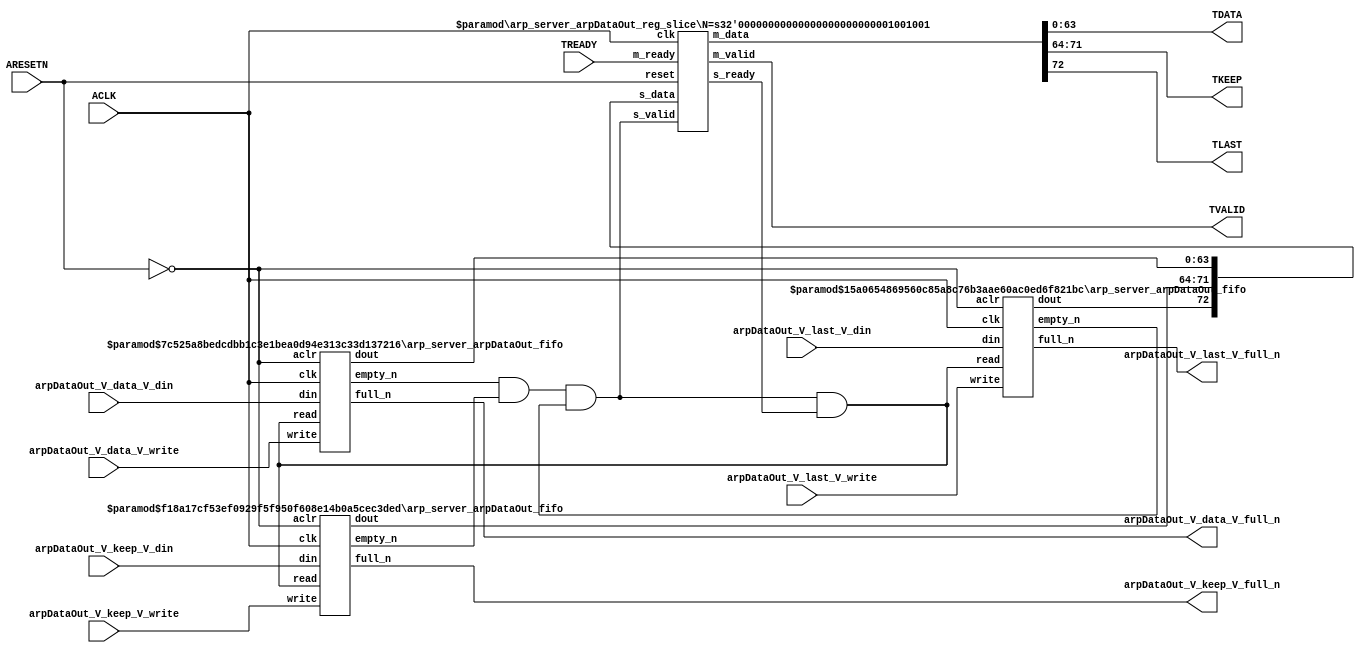
// ==============================================================
// File generated by Vivado(TM) HLS - High-Level Synthesis from C, C++ and SystemC
// Version: 2015.1
// Copyright (C) 2015 Xilinx Inc. All rights reserved.
// 
// ==============================================================


`timescale 1ns/1ps

module arp_server_arpDataOut_if (
    // AXI4-Stream singals
    input  wire        ACLK,
    input  wire        ARESETN,
    output wire        TVALID,
    input  wire        TREADY,
    output wire [63:0] TDATA,
    output wire [7:0]  TKEEP,
    output wire [0:0]  TLAST,
    // User signals
    input  wire [63:0] arpDataOut_V_data_V_din,
    output wire        arpDataOut_V_data_V_full_n,
    input  wire        arpDataOut_V_data_V_write,
    input  wire [7:0]  arpDataOut_V_keep_V_din,
    output wire        arpDataOut_V_keep_V_full_n,
    input  wire        arpDataOut_V_keep_V_write,
    input  wire [0:0]  arpDataOut_V_last_V_din,
    output wire        arpDataOut_V_last_V_full_n,
    input  wire        arpDataOut_V_last_V_write
);
//------------------------Local signal-------------------
// FIFO
wire [0:0]  fifo_read;
wire [0:0]  fifo_empty_n;
wire [63:0] arpDataOut_V_data_V_dout;
wire [0:0]  arpDataOut_V_data_V_empty_n;
wire [7:0]  arpDataOut_V_keep_V_dout;
wire [0:0]  arpDataOut_V_keep_V_empty_n;
wire [0:0]  arpDataOut_V_last_V_dout;
wire [0:0]  arpDataOut_V_last_V_empty_n;
// register slice
wire [0:0]  s_valid;
wire [0:0]  s_ready;
wire [72:0] s_data;
wire [0:0]  m_valid;
wire [0:0]  m_ready;
wire [72:0] m_data;

//------------------------Instantiation------------------
// rs
arp_server_arpDataOut_reg_slice #(
    .N       ( 73 )
) rs (
    .clk     ( ACLK ),
    .reset   ( ARESETN ),
    .s_data  ( s_data ),
    .s_valid ( s_valid ),
    .s_ready ( s_ready ),
    .m_data  ( m_data ),
    .m_valid ( m_valid ),
    .m_ready ( m_ready )
);

// arpDataOut_V_data_V_fifo
arp_server_arpDataOut_fifo #(
    .DATA_BITS  ( 64 ),
    .DEPTH_BITS ( 4 )
) arpDataOut_V_data_V_fifo (
    .clk        ( ACLK ),
    .aclr       ( ~ARESETN ),
    .empty_n    ( arpDataOut_V_data_V_empty_n ),
    .full_n     ( arpDataOut_V_data_V_full_n ),
    .read       ( fifo_read ),
    .write      ( arpDataOut_V_data_V_write ),
    .dout       ( arpDataOut_V_data_V_dout ),
    .din        ( arpDataOut_V_data_V_din )
);

// arpDataOut_V_keep_V_fifo
arp_server_arpDataOut_fifo #(
    .DATA_BITS  ( 8 ),
    .DEPTH_BITS ( 4 )
) arpDataOut_V_keep_V_fifo (
    .clk        ( ACLK ),
    .aclr       ( ~ARESETN ),
    .empty_n    ( arpDataOut_V_keep_V_empty_n ),
    .full_n     ( arpDataOut_V_keep_V_full_n ),
    .read       ( fifo_read ),
    .write      ( arpDataOut_V_keep_V_write ),
    .dout       ( arpDataOut_V_keep_V_dout ),
    .din        ( arpDataOut_V_keep_V_din )
);

// arpDataOut_V_last_V_fifo
arp_server_arpDataOut_fifo #(
    .DATA_BITS  ( 1 ),
    .DEPTH_BITS ( 4 )
) arpDataOut_V_last_V_fifo (
    .clk        ( ACLK ),
    .aclr       ( ~ARESETN ),
    .empty_n    ( arpDataOut_V_last_V_empty_n ),
    .full_n     ( arpDataOut_V_last_V_full_n ),
    .read       ( fifo_read ),
    .write      ( arpDataOut_V_last_V_write ),
    .dout       ( arpDataOut_V_last_V_dout ),
    .din        ( arpDataOut_V_last_V_din )
);

//------------------------Body---------------------------
//++++++++++++++++++++++++AXI4-Stream++++++++++++++++++++
assign TVALID = m_valid;
assign TDATA  = m_data[63:0];
assign TKEEP  = m_data[71:64];
assign TLAST  = m_data[72:72];

//+++++++++++++++++++++++++++++++++++++++++++++++++++++++

//++++++++++++++++++++++++Reigister Slice++++++++++++++++
assign s_valid = fifo_empty_n;
assign m_ready = TREADY;
assign s_data  = {arpDataOut_V_last_V_dout, arpDataOut_V_keep_V_dout, arpDataOut_V_data_V_dout};

//+++++++++++++++++++++++++++++++++++++++++++++++++++++++

//++++++++++++++++++++++++FIFO+++++++++++++++++++++++++++
assign fifo_read    = fifo_empty_n & s_ready;
assign fifo_empty_n = arpDataOut_V_data_V_empty_n & arpDataOut_V_keep_V_empty_n & arpDataOut_V_last_V_empty_n;

//+++++++++++++++++++++++++++++++++++++++++++++++++++++++

endmodule



`timescale 1ns/1ps

module arp_server_arpDataOut_fifo
#(parameter
    DATA_BITS  = 8,
    DEPTH_BITS = 4
)(
    input  wire                 clk,
    input  wire                 aclr,
    output wire                 empty_n,
    output wire                 full_n,
    input  wire                 read,
    input  wire                 write,
    output wire [DATA_BITS-1:0] dout,
    input  wire [DATA_BITS-1:0] din
);
//------------------------Parameter----------------------
localparam
    DEPTH = 1 << DEPTH_BITS;
//------------------------Local signal-------------------
reg                   empty;
reg                   full;
reg  [DEPTH_BITS-1:0] index;
reg  [DATA_BITS-1:0]  mem[0:DEPTH-1];
//------------------------Body---------------------------
assign empty_n = ~empty;
assign full_n  = ~full;
assign dout    = mem[index];

// empty
always @(posedge clk or posedge aclr) begin
    if (aclr)
        empty <= 1'b1;
    else if (empty & write & ~read)
        empty <= 1'b0;
    else if (~empty & ~write & read & (index==1'b0))
        empty <= 1'b1;
end

// full
always @(posedge clk or posedge aclr) begin
    if (aclr)
        full <= 1'b0;
    else if (full & read & ~write)
        full <= 1'b0;
    else if (~full & ~read & write & (index==DEPTH-2'd2))
        full <= 1'b1;
end

// index
always @(posedge clk or posedge aclr) begin
    if (aclr)
        index <= {DEPTH_BITS{1'b1}};
    else if (~empty & ~write & read)
        index <= index - 1'b1;
    else if (~full & ~read & write)
        index <= index + 1'b1;
end

// mem
always @(posedge clk) begin
    if (~full & write) mem[0] <= din;
end

genvar i;
generate
    for (i = 1; i < DEPTH; i = i + 1) begin : gen_sr
        always @(posedge clk) begin
            if (~full & write) mem[i] <= mem[i-1];
        end
    end
endgenerate

endmodule

`timescale 1ns/1ps

module arp_server_arpDataOut_reg_slice
#(parameter
    N = 8   // data width
) (
    // system signals
    input  wire         clk,
    input  wire         reset,
    // slave side
    input  wire [N-1:0] s_data,
    input  wire         s_valid,
    output wire         s_ready,
    // master side
    output wire [N-1:0] m_data,
    output wire         m_valid,
    input  wire         m_ready
);
//------------------------Parameter----------------------
// state
localparam [1:0]
    ZERO = 2'b10,
    ONE  = 2'b11,
    TWO  = 2'b01;
//------------------------Local signal-------------------
reg  [N-1:0] data_p1;
reg  [N-1:0] data_p2;
wire         load_p1;
wire         load_p2;
wire         load_p1_from_p2;
reg          s_ready_t;
reg  [1:0]   state;
reg  [1:0]   next;
//------------------------Body---------------------------
assign s_ready = s_ready_t;
assign m_data  = data_p1;
assign m_valid = state[0];

assign load_p1 = (state == ZERO && s_valid) ||
                 (state == ONE && s_valid && m_ready) ||
                 (state == TWO && m_ready);
assign load_p2 = s_valid & s_ready;
assign load_p1_from_p2 = (state == TWO);

// data_p1
always @(posedge clk) begin
    if (load_p1) begin
        if (load_p1_from_p2)
            data_p1 <= data_p2;
        else
            data_p1 <= s_data;
    end
end

// data_p2
always @(posedge clk) begin
    if (load_p2) data_p2 <= s_data;
end

// s_ready_t
always @(posedge clk) begin
    if (~reset)
        s_ready_t <= 1'b0;
    else if (state == ZERO)
        s_ready_t <= 1'b1;
    else if (state == ONE && next == TWO)
        s_ready_t <= 1'b0;
    else if (state == TWO && next == ONE)
        s_ready_t <= 1'b1;
end

// state
always @(posedge clk) begin
    if (~reset)
        state <= ZERO;
    else
        state <= next;
end

// next
always @(*) begin
    case (state)
        ZERO:
            if (s_valid & s_ready)
                next = ONE;
            else
                next = ZERO;
        ONE:
            if (~s_valid & m_ready)
                next = ZERO;
            else if (s_valid & ~m_ready)
                next = TWO;
            else
                next = ONE;
        TWO:
            if (m_ready)
                next = ONE;
            else
                next = TWO;
        default:
            next = ZERO;
    endcase
end

endmodule